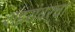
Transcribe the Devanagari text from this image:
शहरांवरचा